Vaccine operations Central Provinces 1900-1911 - 1900-1911
Year: 1900
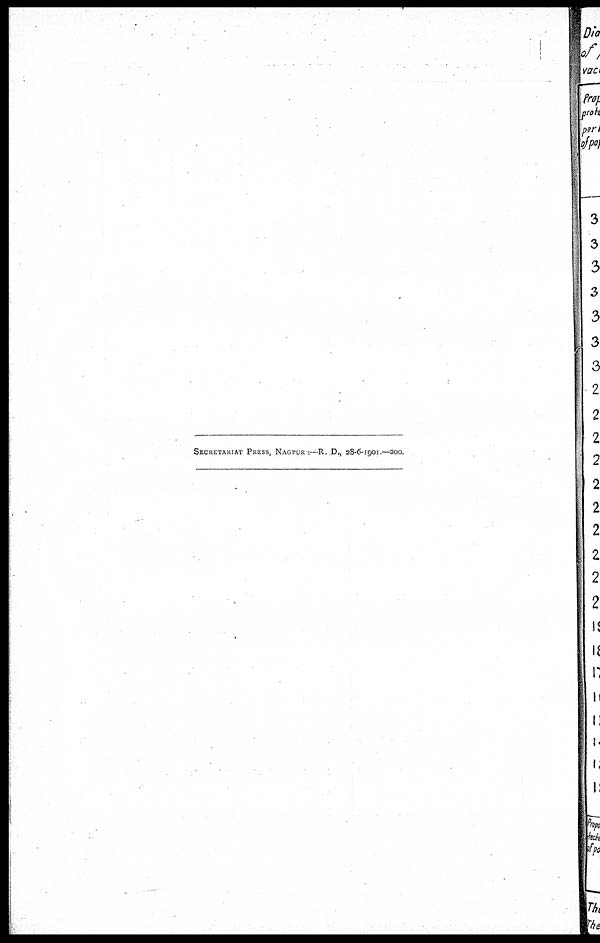
SECRETARIAT PRESS, NAGPUR :—R. D., 28-6-1901.—200.